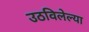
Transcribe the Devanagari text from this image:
उठविलेल्या